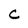
Character: C